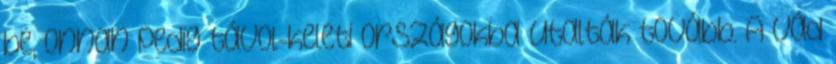
be, onnan pedig távol-keleti országokba utalták tovább. A vád